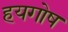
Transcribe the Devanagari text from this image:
हयगोष